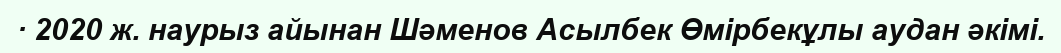
· 2020 ж. наурыз айынан Шәменов Асылбек Өмірбекұлы аудан әкімі.